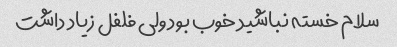
سلام خسته نباشید خوب بود ولی فلفل زیاد داشت